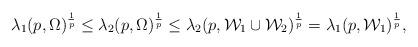
LaTeX: \begin{align*}\lambda_{1}(p,\Omega)^{\frac1p} \le \lambda_{2}(p,\Omega)^{\frac1p} \le \lambda_{2}(p,\mathcal W_{1}\cup\mathcal W_{2})^{\frac1p} =\lambda_{1}(p,\mathcal W_{1})^{\frac1p},\end{align*}